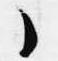
々